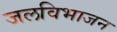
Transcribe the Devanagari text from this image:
जलविभाजन